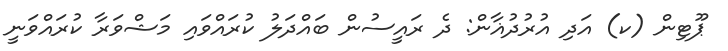
ޕޫޓިން (ކ) އަދި އުރުދުޣާން: ދެ ރައީސުން ބައްދަލު ކުރައްވައި މަޝްވަރާ ކުރައްވަނީ